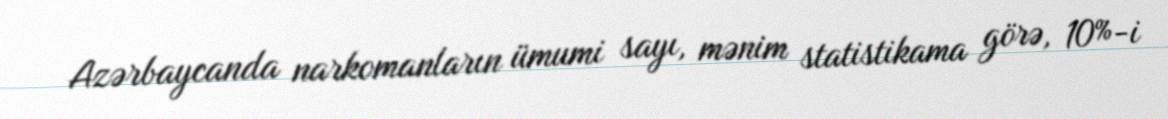
Azərbaycanda narkomanların ümumi sayı, mənim statistikama görə, 10%-i